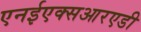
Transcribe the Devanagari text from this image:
एनईएक्सआरएडी